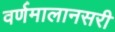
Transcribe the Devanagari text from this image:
वर्णमालानसरी